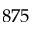
8 7 5